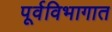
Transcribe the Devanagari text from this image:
पूर्वविभागात